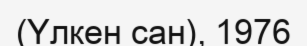
(Үлкен сан), 1976